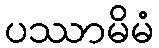
ပဿာမိမံ